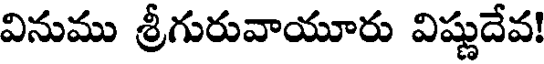
వినుము శ్రీగురువాయూరు విష్ణుదేవ!